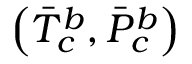
\left( \Bar { T } _ { c } ^ { b } , \Bar { P } _ { c } ^ { b } \right)